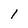
Character: I